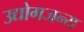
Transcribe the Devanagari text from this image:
उद्योगजन्य